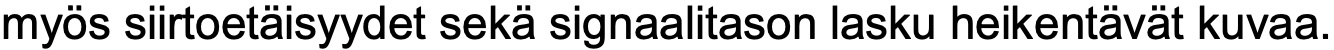
myös siirtoetäisyydet sekä signaalitason lasku heikentävät kuvaa.